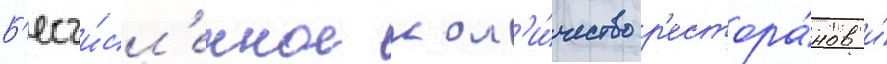
Б'есчи́сл'енное кол'и́чество р'естора́нов и́